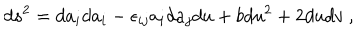
d s ^ { 2 } = d a _ { i } d a _ { i } - \epsilon _ { i j } a _ { i } d a _ { j } d u + b d u ^ { 2 } + 2 d u d v ~ ,